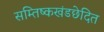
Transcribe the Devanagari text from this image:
सम्तिष्कखंडछेदित